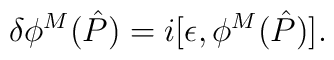
\delta \phi^M(\hat{P})=i[\epsilon ,\phi^M(\hat{P})].